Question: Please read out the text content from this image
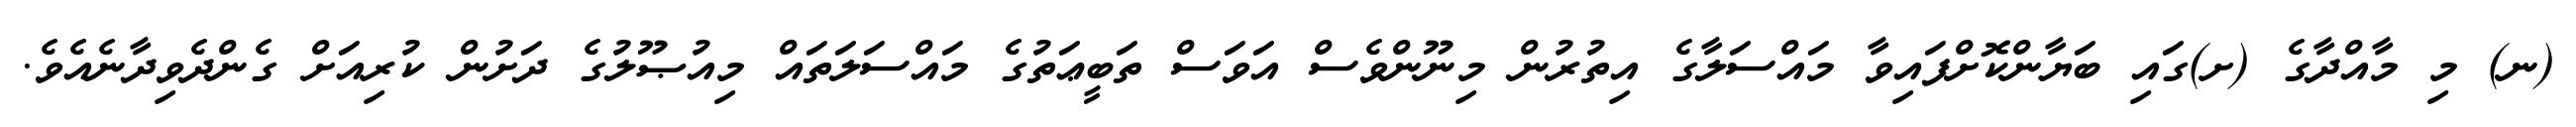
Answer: (ނ) މި މާއްދާގެ (ށ)ގައި ބަޔާންކޮށްފައިވާ މައްސަލާގެ އިތުރުން މިނޫންވެސް އަވަސް ތަބީޢަތުގެ މައްސަލަތައް މިއުޞޫލުގެ ދަށުން ކުރިއަށް ގެންދެވިދާނެއެވެ.